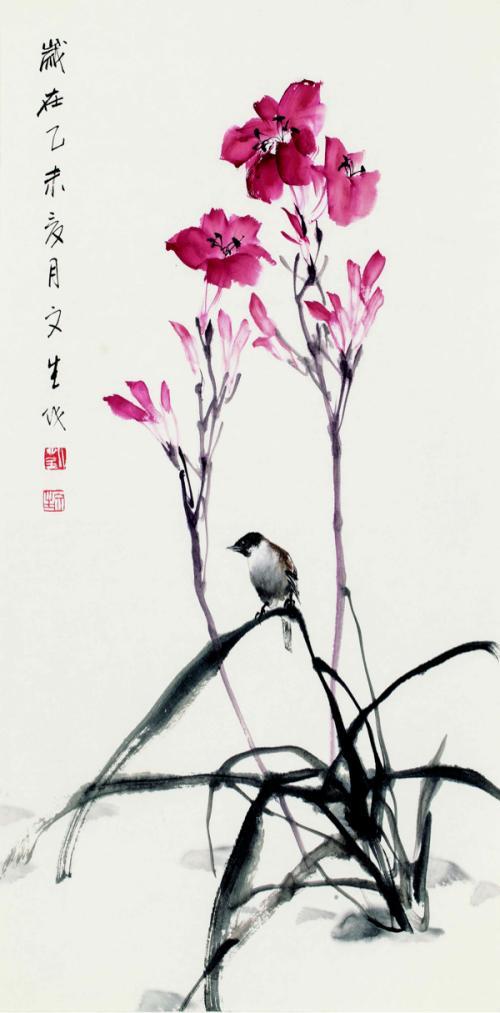
侵陵雪色还萱草，漏泄春光有柳条。